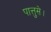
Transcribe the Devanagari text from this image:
पात्तुसे।